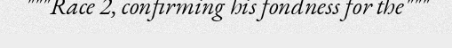
"""Race 2, confirming his fondness for the"""